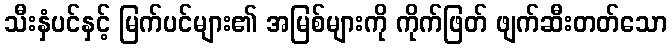
သီးနှံပင်နှင့် မြက်ပင်များ၏ အမြစ်များကို ကိုက်ဖြတ် ဖျက်ဆီးတတ်သော